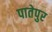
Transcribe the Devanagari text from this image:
पातेपुर